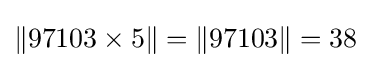
\|97103\times 5\|=\|97103\|=38